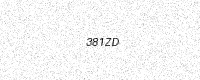
Text: 381ZD